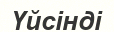
Үйсінді